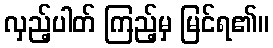
လှည့်ပါတ် ကြည့်မှ မြင်ရ၏။